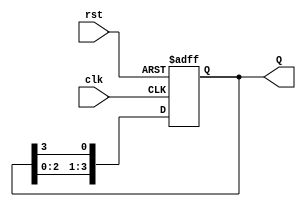
module ring_counter #(parameter N = 4) (
    input wire clk,          // Clock signal
    input wire rst,          // Asynchronous reset signal
    output reg [N-1:0] Q     // Output state of the counter
);

// Initial state
initial begin
    Q = 1'b1; // Set the first flip-flop to '1' and others to '0'
end

// Always block triggered on clock edge or reset
always @(posedge clk or posedge rst) begin
    if (rst) begin
        // Asynchronous reset: set to initial state
        Q <= 1'b1; // Reset to '100...0'
    end else begin
        // Shift the '1' through the flip-flops
        Q <= {Q[N-2:0], Q[N-1]}; // Shift left and wrap around
    end
end

endmodule